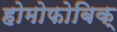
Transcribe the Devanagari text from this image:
होमोफोबिक्